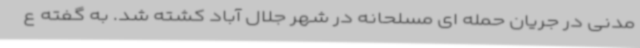
مدنی در جریان حمله ای مسلحانه در شهر جلال آباد کشته شد. به گفته ع